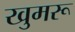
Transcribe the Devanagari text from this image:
खुमरू